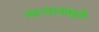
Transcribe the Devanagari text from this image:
मरूद्यानांमुळे